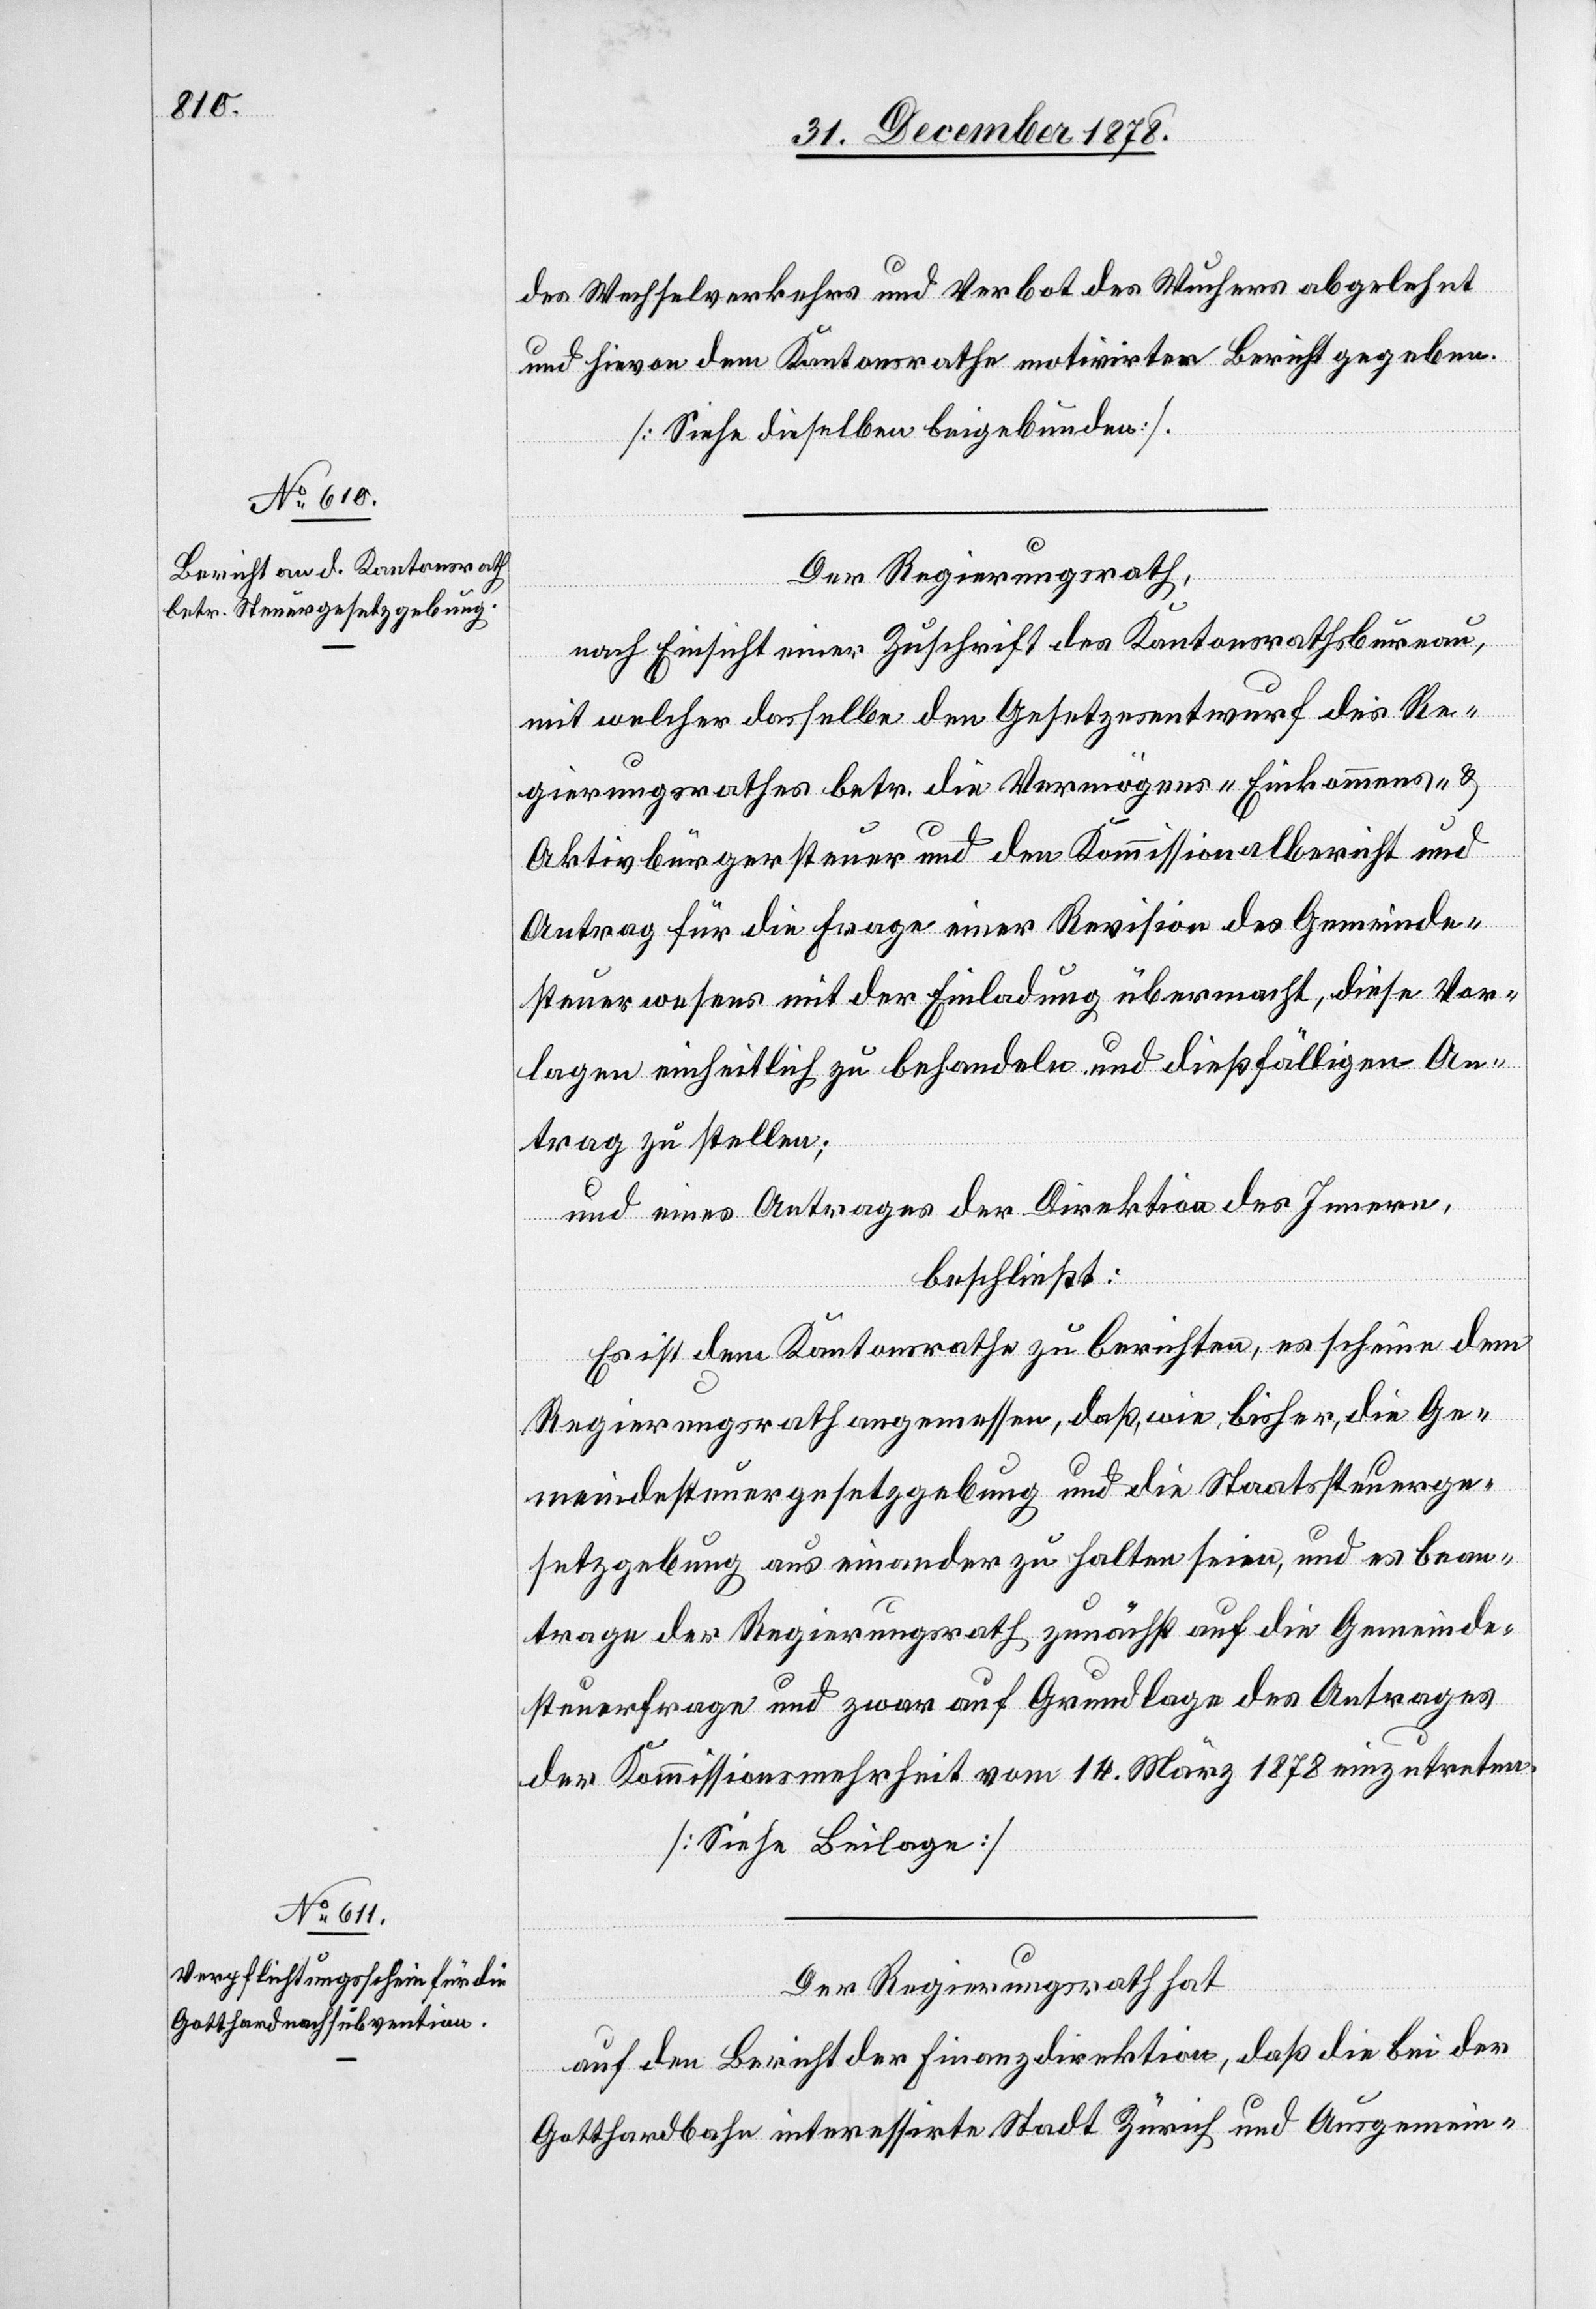
des Wechselverkehrs und Verbot des Wuhres abgelehnt
und hievon dem Kantonsrathe motivirter Bericht gegeben.
[Siehe dieselben beigebunden].
Der Regierungsrath,
nach Einsicht einer Zuschrift des Kantonsrathsbureau,
mit welcher dasselbe den Gesetzesentwurf des Re¬
gierungsrathes betr. die Vermögens-, Einkommens- &
Aktivbürgersteuer und den Kommissionalbericht und
Antrag für die Frage einer Revision des Gemeinde¬
steuerwesens mit der Einladung übermacht, diese Vor¬
lagen einheitlich zu behandeln und dießfälligen An¬
trag zu stellen;
und eines Antrages der Direktion des Innern,
beschließt:
Es ist dem Kantonsrathe zu berichten, es scheine dem
Regierungsrath angemessen, daß, wie bisher, die Ge¬
meindesteuergesetzgebung und die Staatssteuerge¬
setzgebung aus einander zu halten seien, und es bean¬
trage der Regierungsrath zunächst auf die Gemeinde¬
steuerfrage und zwar auf Grundlage des Antrages
der Kommissionsmehrheit vom 14. März 1878 einzutreten.
[Siehe Beilage]
Der Regierungsrath hat
auf den Bericht der Finanzdirektion, daß die bei der
Gotthardbahn interessirte Stadt Zürich und Ausgemein-